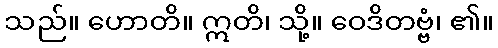
သည်။ ဟောတိ။ ဣတိ၊ သို့။ ဝေဒိတဗ္ဗံ၊ ၏။